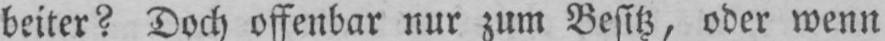
beiter? Doch offenbar nur zum Besitz, oder wenn